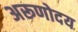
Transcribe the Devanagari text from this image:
अरूणोदय